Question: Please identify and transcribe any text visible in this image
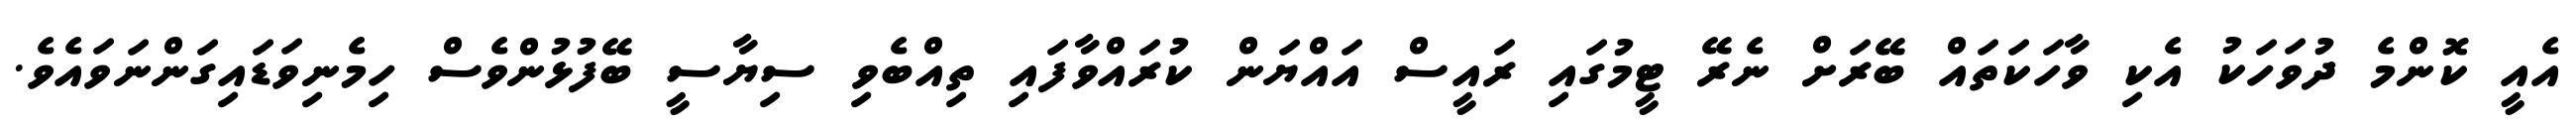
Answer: އެއީ ކޮންމެ ދުވަހަކު އެކި ވާހަކަތައް ބޭރަށް ނެރޭ ޓީމުގައި ރައީސް އައްޔަން ކުރައްވާފައި ތިއްބެވި ސިޔާސީ ބޭފުޅުންވެސް ހިމެނިވަޑައިގަންނަވައެވެ.